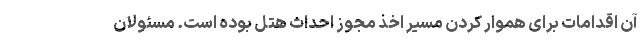
آن اقدامات برای هموار کردن مسیر اخذ مجوز احداث هتل بوده است. مسئولان